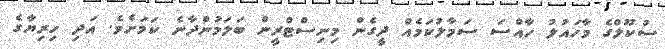
ސުކޫލްގެ މާހައުލު ހާއްސަ ސަމާލުކަމެއް ދީގެން މިނިސްޓްރީން ބަލަމުންދާނެ ކަމަށެވެ. އަދި ހިރިޔާގެ